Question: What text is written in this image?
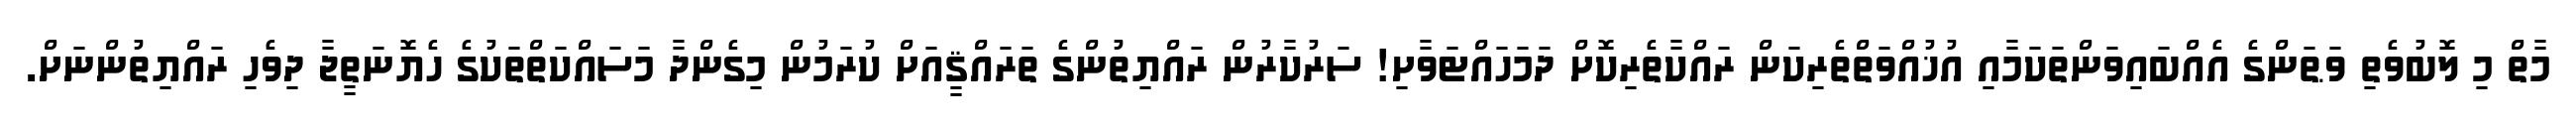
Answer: މާތް މި ލޮބުވެތި ވަޠަންގެ އެއްބައިވަންތަކަމާއި އުޚުއްވަތްތެރިކަން ރައްކާތެރިކޮށް ދަމަހައްޓަވާށި! ސަރުކާރުން ރައްޔިތުންގެ ތަރައްޤީއަށް ކުރަމުން މިގެންދާ މަސައްކަތްތަކުގެ ހެޔޮނަތީޖާ ދިވެހި ރައްޔިތުންނަށް.